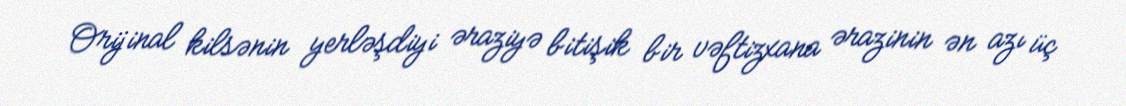
Orijinal kilsənin yerləşdiyi əraziyə bitişik bir vəftizxana ərazinin ən azı üç